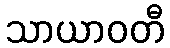
သာယာဝတီ